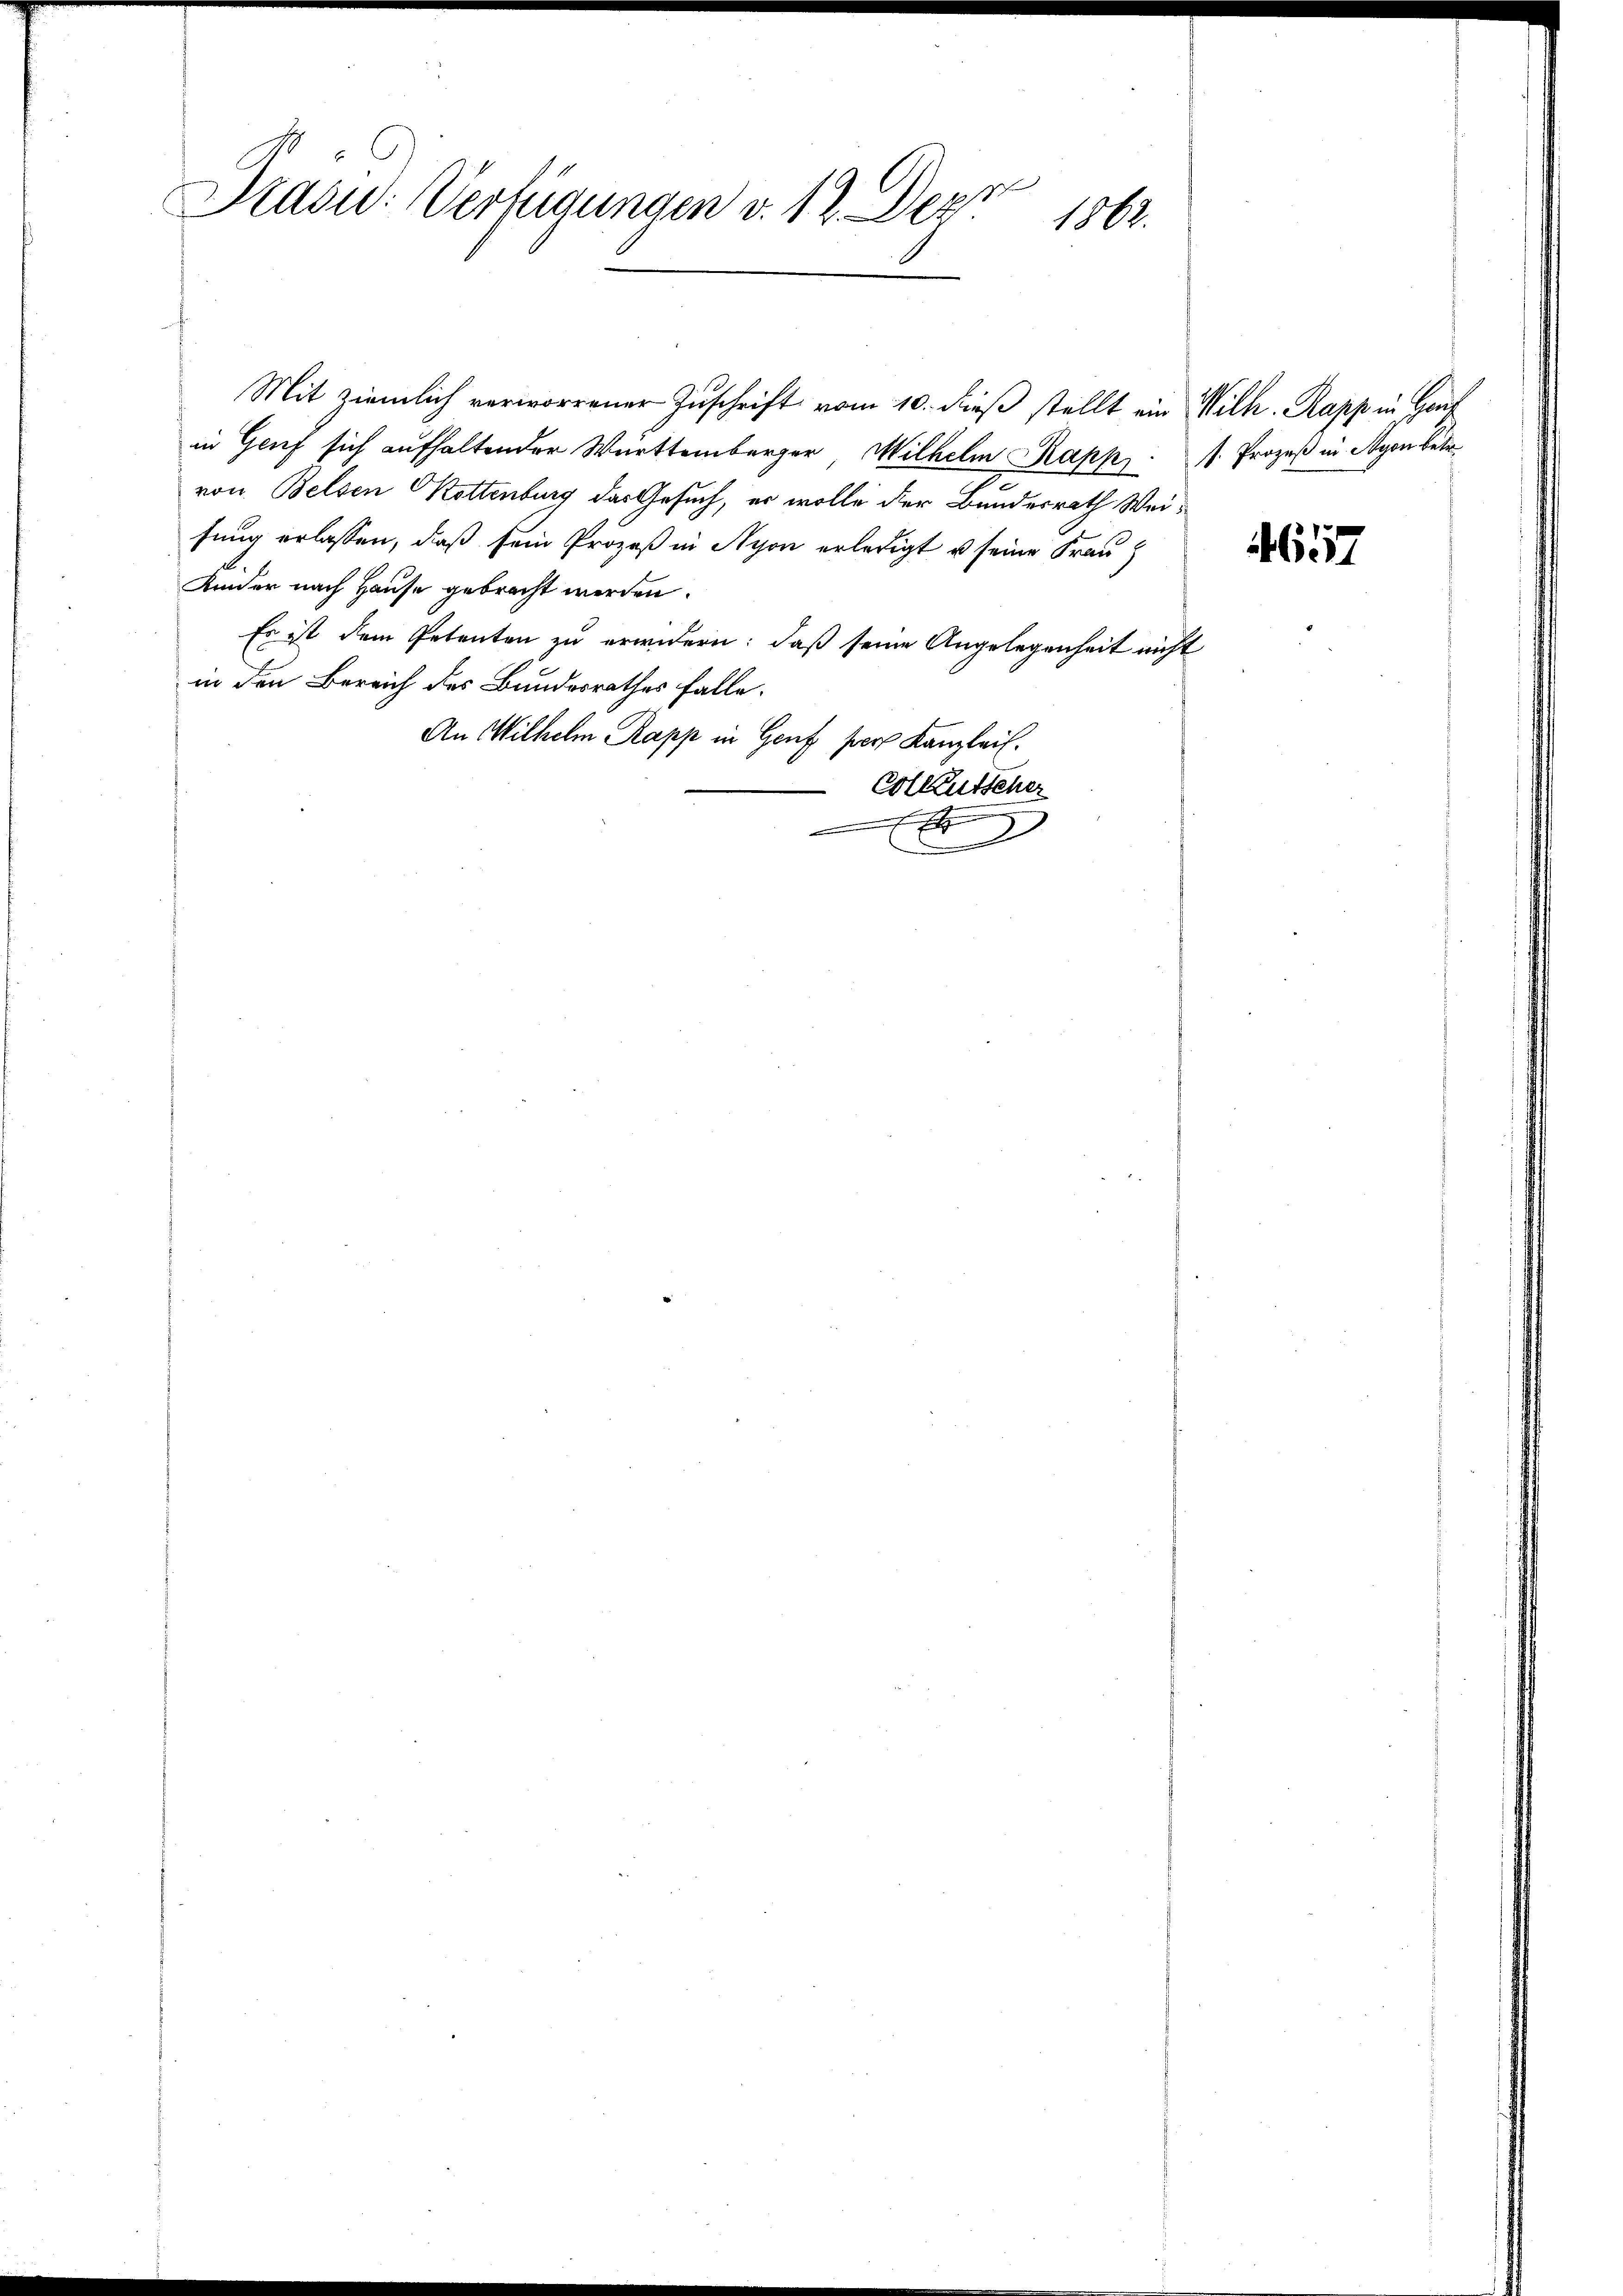
Präsid. Verfügungen v. 12. Depr
1862.

in Genf sich aufhaltender Württemberger Wilhelm Kapp. I. Prozeß in Nyon betr.
von Belsen Akottenburg das Gesuch, er wolle der Bundesrath Weifung erlassen, daß sein Prozeß in Nyon erledigt u seine Frau
Kinder nach Hause gebracht werden.
Es ist dem Petenten zu erwidern: daß seine Angelegenheit nicht
in den Bereich des Bundesrathes falle.
An Wilhelm Rapp in Genf pers Kanzlei.
Colleutscher
F

Mit ziemlich verworrener Zuschrift vom 10. dieβ stellt ein Wilh. Rapp in Hand

4657